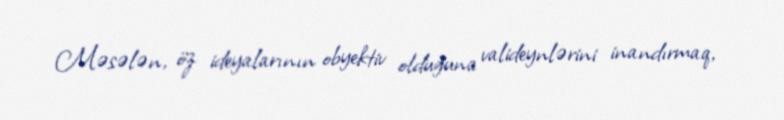
Məsələn, öz ideyalarının obyektiv olduğuna valideynlərini inandırmaq,